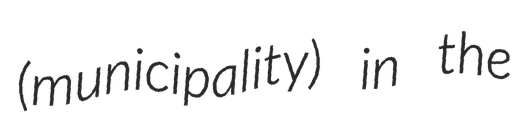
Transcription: (municipality) in the